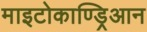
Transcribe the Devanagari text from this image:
माइटोकाण्ड्रिआन